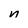
Character: n